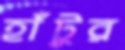
হাঁটুর